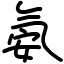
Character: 氨